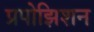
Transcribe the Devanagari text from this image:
प्रपोझिशन